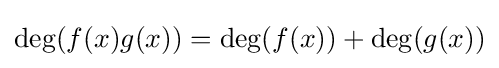
\deg(f(x)g(x))=\deg(f(x))+\deg(g(x))